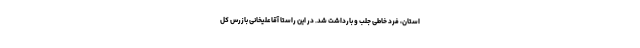
استان، فرد خاطی جلب و بارداشت شد. در این راستا آقاعلیخانی بازرس کل